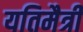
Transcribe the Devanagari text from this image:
यतिमैत्री